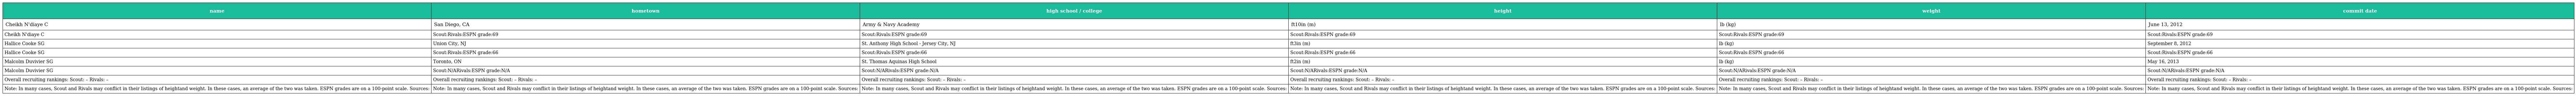
| name | hometown | high school / college | height | weight | commit date |
 | --- | --- | --- | --- | --- | --- |
 | Cheikh N'diaye C | San Diego, CA | Army & Navy Academy | ft10in (m) | lb (kg) | June 13, 2012 |
 | Cheikh N'diaye C | Scout:Rivals:ESPN grade:69 | Scout:Rivals:ESPN grade:69 | Scout:Rivals:ESPN grade:69 | Scout:Rivals:ESPN grade:69 | Scout:Rivals:ESPN grade:69 |
 | Hallice Cooke SG | Union City, NJ | St. Anthony High School - Jersey City, NJ | ft3in (m) | lb (kg) | September 8, 2012 |
 | Hallice Cooke SG | Scout:Rivals:ESPN grade:66 | Scout:Rivals:ESPN grade:66 | Scout:Rivals:ESPN grade:66 | Scout:Rivals:ESPN grade:66 | Scout:Rivals:ESPN grade:66 |
 | Malcolm Duvivier SG | Toronto, ON | St. Thomas Aquinas High School | ft2in (m) | lb (kg) | May 16, 2013 |
 | Malcolm Duvivier SG | Scout:N/ARivals:ESPN grade:N/A | Scout:N/ARivals:ESPN grade:N/A | Scout:N/ARivals:ESPN grade:N/A | Scout:N/ARivals:ESPN grade:N/A | Scout:N/ARivals:ESPN grade:N/A |
 | Overall recruiting rankings: Scout: – Rivals: – | Overall recruiting rankings: Scout: – Rivals: – | Overall recruiting rankings: Scout: – Rivals: – | Overall recruiting rankings: Scout: – Rivals: – | Overall recruiting rankings: Scout: – Rivals: – | Overall recruiting rankings: Scout: – Rivals: – |
 | Note: In many cases, Scout and Rivals may conflict in their listings of heightand weight. In these cases, an average of the two was taken. ESPN grades are on a 100-point scale. Sources: | Note: In many cases, Scout and Rivals may conflict in their listings of heightand weight. In these cases, an average of the two was taken. ESPN grades are on a 100-point scale. Sources: | Note: In many cases, Scout and Rivals may conflict in their listings of heightand weight. In these cases, an average of the two was taken. ESPN grades are on a 100-point scale. Sources: | Note: In many cases, Scout and Rivals may conflict in their listings of heightand weight. In these cases, an average of the two was taken. ESPN grades are on a 100-point scale. Sources: | Note: In many cases, Scout and Rivals may conflict in their listings of heightand weight. In these cases, an average of the two was taken. ESPN grades are on a 100-point scale. Sources: | Note: In many cases, Scout and Rivals may conflict in their listings of heightand weight. In these cases, an average of the two was taken. ESPN grades are on a 100-point scale. Sources: |